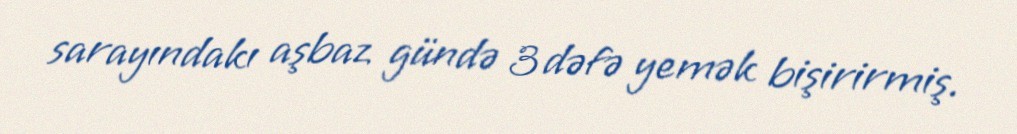
sarayındakı aşbaz gündə 3 dəfə yemək bişirirmiş.